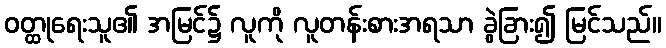
ဝတ္ထုရေးသူ၏ အမြင်၌ လူကို လူတန်းစားအရသာ ခွဲခြား၍ မြင်သည်။